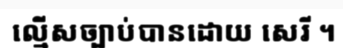
ល្មើសច្បាប់បានដោយ សេរី ។